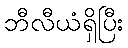
ဘီလီယံရှိပြီး